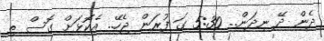
ދެން ދޭ ނިދަން.. 5:30 ގަ ފުރަން ޖެހޭ.. އެކޮޅަށް ގޮސް ތި